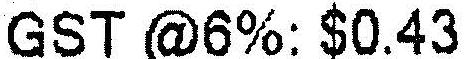
GST @6%: $0.43